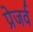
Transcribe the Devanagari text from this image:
प्रेजर्व